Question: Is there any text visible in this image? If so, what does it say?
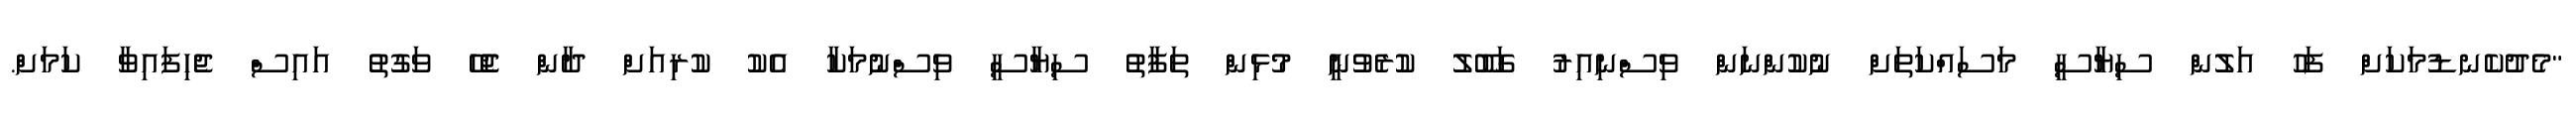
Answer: "މެދުކެނޑުމަކަށް ފަހު އަލުން ސިޔާސީ މަސައްކަތަށް ނުކުންނަން ވިސްނިއިރު ގަބޫލު ކުރެވުނީ މުޅިން ތަފާތު ސިޔާސީ ވިސްނުމަކާ އެކު ކުރިއަށް ދާން ޖެހޭ ވަގުތު އައިސް ޖެހިފައިވާ ކަމަށް.